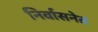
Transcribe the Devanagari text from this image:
निर्वासनेत